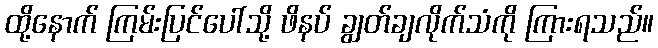
ထို့နောက် ကြမ်းပြင်ပေါ်သို့ ဖိနပ် ချွတ်ချလိုက်သံကို ကြားရသည်။